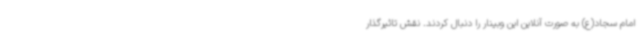
امام سجاد(ع) به صورت آنلاین این وبینار را دنبال کردند. نقش تاثیرگذار